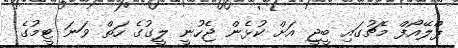
ޕްލޭއޯފް މެޗުގައި ބީޖީ އަށް ކުޅެން ޖެހުނީ ލީގުގެ ހަތް ވަނަ ޓީމުގެ